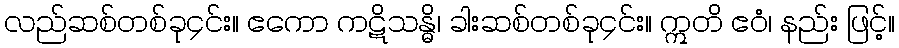
လည်ဆစ်တစ်ခု၄င်း။ ဧကော ကဋိသန္ဓိ၊ ခါးဆစ်တစ်ခု၄င်း။ ဣတိ ဧဝံ၊ နည်း ဖြင့်။